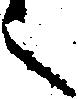
之